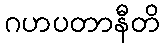
ဂဟပတာနီတိ